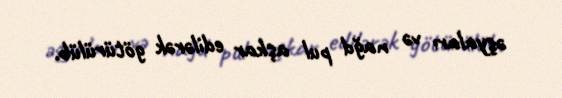
əşyaları və nağd pul aşkar edilərək götürülüb.